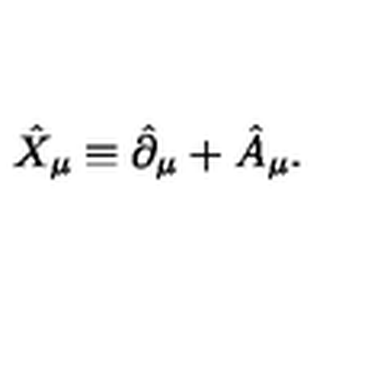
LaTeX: \hat { X } _ { \mu } \equiv \hat { \partial } _ { \mu } + \hat { A } _ { \mu } .